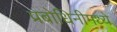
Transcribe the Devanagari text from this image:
प्रबोधिनीमध्ये